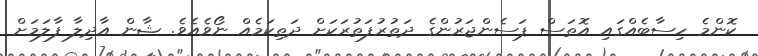
ކޮންމެ ހިސާބެއްގައި އޮތަސް ޕަސެންޖަރުންގެ ދަތުރުފަތުރަކަށް ދަތިކަމެއް ނޯވެއެވެ. ޝާން އާދިލާ ފާލަމަށް